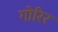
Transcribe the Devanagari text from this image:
गोरिर